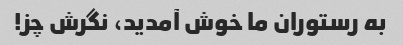
به رستوران ما خوش آمدید، نگرش چز!